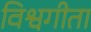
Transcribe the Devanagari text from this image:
विश्वगीता